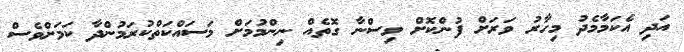
އަދި އެކަމާމެދު މިހާރު ވަރަށް ފުންކޮށް ވިސްނާ ގޮތެއް ނިންމުމަށް މަސައްކަތްކުރަމުންދާ ކަމަށްވެސް